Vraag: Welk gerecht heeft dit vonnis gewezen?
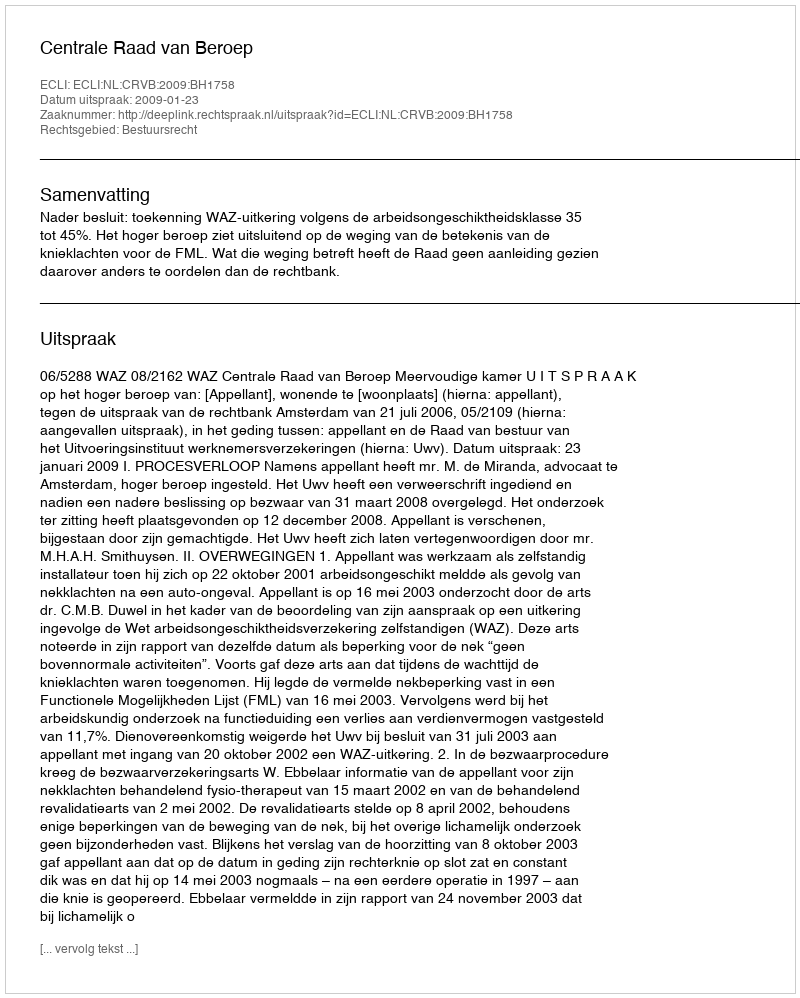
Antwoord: Centrale Raad van Beroep